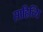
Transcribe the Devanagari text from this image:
साहित्यि